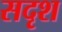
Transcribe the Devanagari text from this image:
सदृश